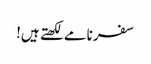
سفرنامے لکھتے ہیں!